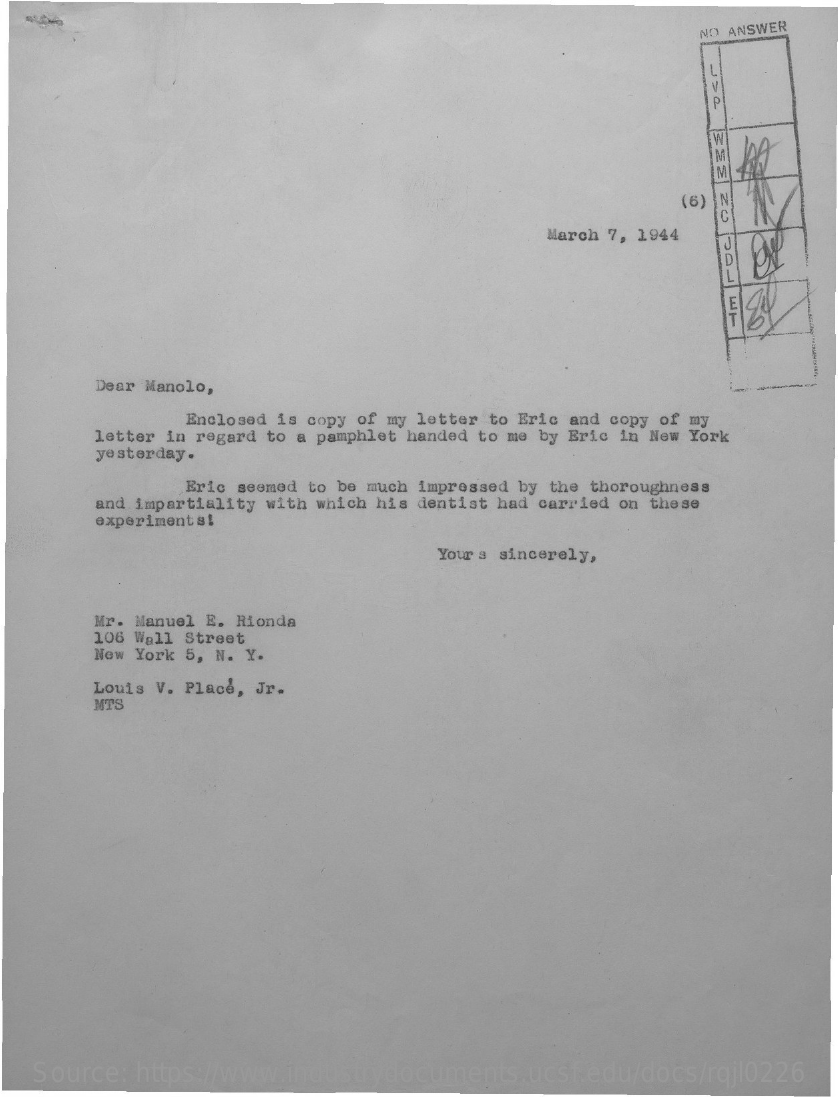
NO ANSWER
     IM
     (6)
     March 7, 1944
     Dear Manolo,
     Enclosed is copy of my letter to Eric and copy of my
     letter in regard to a pamphlet handed to me by Eric in New York
     yesterday .
     Eric seemed to be much impressed by the thoroughness
     and impartiality with which his dentist had carried on these
     experiments!
     Yours sincerely,
     Mr. Manuel E. Rionda
     106 Wall Street
     New York 5, N. Y.
     Louis V. Place, Jr.
     MTS
   Source: https://www.industrydocuments.ucsf.edu/docs/rqjl0226